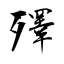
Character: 殬